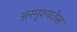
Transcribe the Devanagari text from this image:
अस्पृश्यतेस